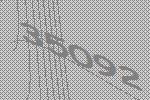
35092